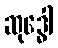
ဆုဒ္ဓေါ